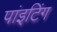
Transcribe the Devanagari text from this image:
पांइटिंग